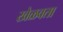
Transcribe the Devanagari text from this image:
खेळवता